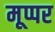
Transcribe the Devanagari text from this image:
मूप्पर